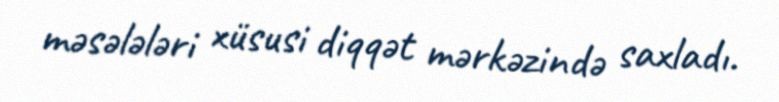
məsələləri xüsusi diqqət mərkəzində saxladı.